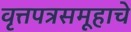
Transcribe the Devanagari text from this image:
वृत्तपत्रसमूहाचे